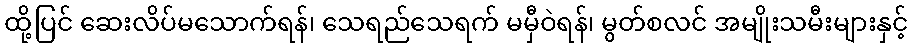
ထို့ပြင် ဆေးလိပ်မသောက်ရန်၊ သေရည်သေရက် မမှီဝဲရန်၊ မွတ်စလင် အမျိုးသမီးများနှင့်